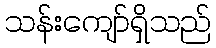
သန်းကျော်ရှိသည်